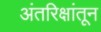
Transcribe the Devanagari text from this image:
अंतरिक्षांतून